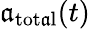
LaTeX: \mathfrak{a}_{\mathrm{{tot\mathfrak{a}l}}}(t)